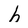
Character: h